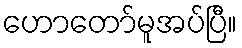
ဟောတော်မူအပ်ပြီ။